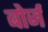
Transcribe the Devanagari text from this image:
बोर्ज